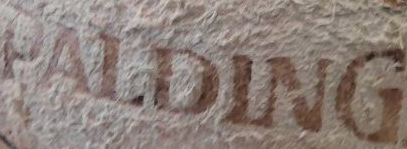
PAIDLNG